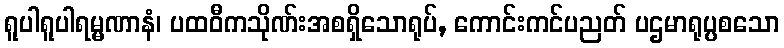
ရူပါရူပါရမ္မဏာနံ၊ ပထဝီကသိုဏ်းအစရှိသောရုပ်, ကောင်းကင်ပညတ် ပဌမာရုပ္ပစသော